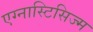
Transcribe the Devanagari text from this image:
एग्नास्टिसिज्म